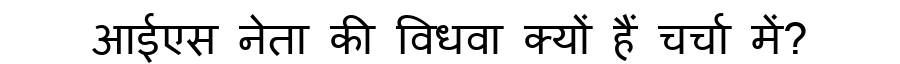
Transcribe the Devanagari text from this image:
आईएस नेता की विधवा क्यों हैं चर्चा में?